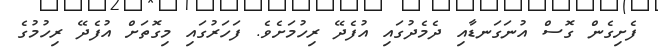
ފެށިގެން ގޮސް އުނަގަނޑާއި ދެމެދުގައި އުފެދޭ ރިހުމަށެވެ. ފަހަރުގައި މިގޮތަށް އުފެދޭ ރިހުމުގެ